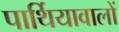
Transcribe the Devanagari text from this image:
पार्थियावालों